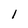
Character: l